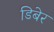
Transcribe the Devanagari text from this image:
डिबेर